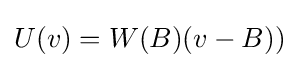
U(v)=W(B)(v-B))